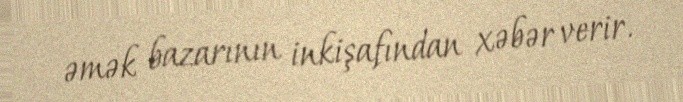
əmək bazarının inkişafından xəbər verir.